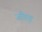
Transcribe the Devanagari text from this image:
जौगड़